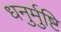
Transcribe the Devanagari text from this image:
धनुर्मुष्टि